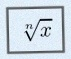
\sqrt[n]{x}